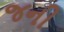
જની